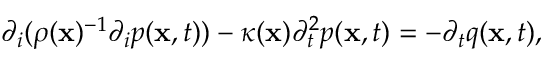
{ \partial _ { i } } ( \rho ( { \bf x } ) ^ { - 1 } { \partial _ { i } } p ( { \bf x } , t ) ) - \kappa ( { \bf x } ) \partial _ { t } ^ { 2 } p ( { \bf x } , t ) = - { \partial _ { t } } q ( { \bf x } , t ) ,